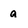
Character: a